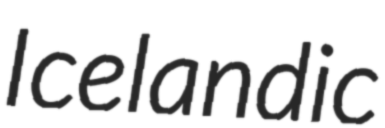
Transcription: Icelandic